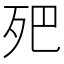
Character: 𣧜